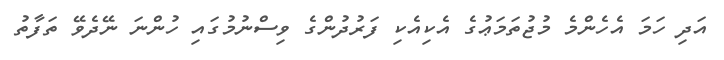
އަދި ހަމަ އެހެންމެ މުޖުތަމަޢުގެ އެކިއެކި ފަރުދުންގެ ވިސްނުމުގައި ހުންނަ ނޭދެވޭ ތަފާތު